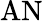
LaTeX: \mathrm{AN}